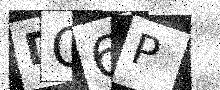
Text: DQ6P